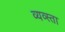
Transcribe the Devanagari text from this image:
व्यव्स्ता